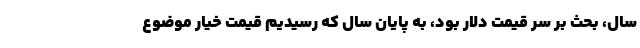
سال، بحث بر سر قیمت دلار بود، به پایان سال که رسیدیم قیمت خیار موضوع